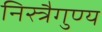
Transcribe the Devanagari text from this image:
निस्त्रैगुण्य